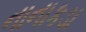
નાનાકડા